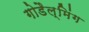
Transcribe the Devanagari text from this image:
गोडैल्मिंग